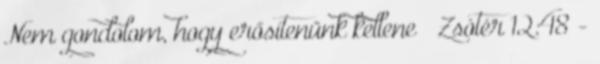
Nem gondolom, hogy erősítenünk kellene – Zsótér 12:48 -